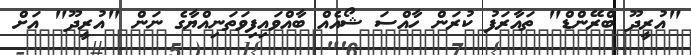
"އުރީދޫ ބްރޭންޑް" ތައާރަފު ކުރަން ހާއްސަ ޝޯއެއް ބާއްވައިފިވަތަނިއްޔާގެ ނަން "އުރީދޫ" އަށް